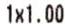
1X1.00